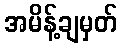
အမိန့်ချမှတ်